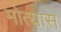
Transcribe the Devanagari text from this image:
मोत्यास